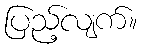
ပြည့်လျက်။